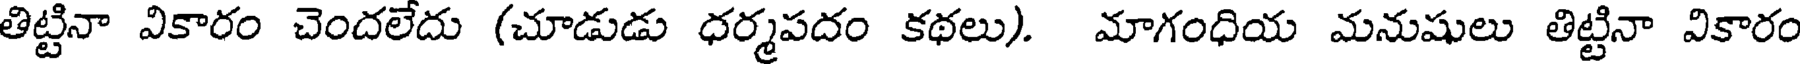
తిట్టినా వికారం చెందలేదు (చూడుడు ధర్మపదం కథలు). మాగంధియ మనుషులు తిట్టినా వికారం